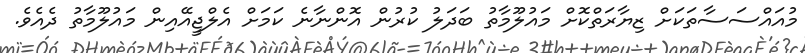
މުއައްސަސާތަކަށް ޒިޔާރަތްކޮށް މައުލޫމާތު ބަދަލު ކުރުން އޮންނާނެ ކަމަށް އެލްޖީއޭއިން މައުލޫމާތު ދެއެވެ.